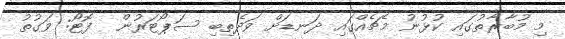
މި މުބާރާތުގައި ކުޅުނު މެޗެއްގައި ދަނޑަށް ވަދެތިބި ސަޕޯޓަރުން  ފޮޓޯ: ވަގުތު